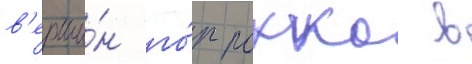
в'ерши́н го́р рокко в